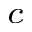
^ { c }